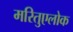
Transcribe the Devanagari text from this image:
मरितुएलोक